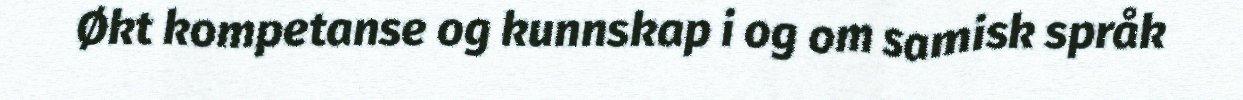
Økt kompetanse og kunnskap i og om samisk språk